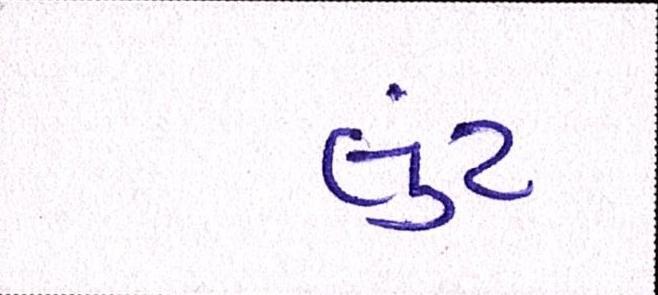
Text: લુંટ